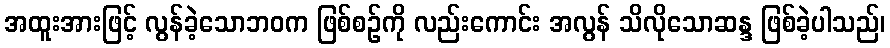
အထူးအားဖြင့် လွန်ခဲ့သောဘဝက ဖြစ်စဉ်ကို လည်းကောင်း အလွန် သိလိုသောဆန္ဒ ဖြစ်ခဲ့ပါသည်၊